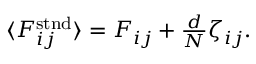
\begin{array} { r } { \langle F _ { i j } ^ { \mathrm { s t n d } } \rangle = F _ { i j } + \frac { d } { N } \zeta _ { i j } . } \end{array}